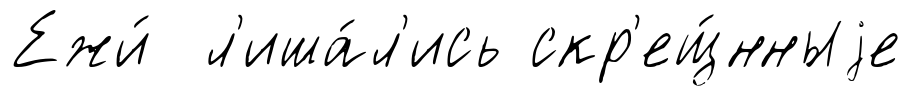
Ежи́ л'иша́л'ись скр'ещ́нныjе